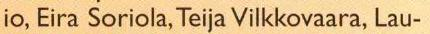
io, Eira Soriola,Teija Vilkkovaara, Lau-